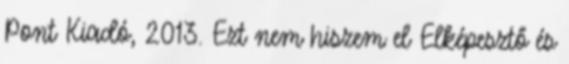
Pont Kiadó, 2013. Ezt nem hiszem el Elképesztő és